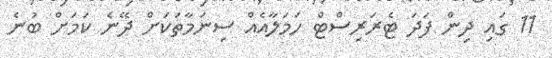
11 ގައި ދިން ފަދަ ޓެރަރިސްޓް ހަމަލާއެއް ސިނަމާތަކަށް ދޭނެ ކަމަށް ބުނެ